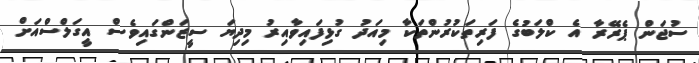
ސުޖަން ޕެރޭރާ އެ ކްލަބުގެ ފަރިތަކުރުންތަކާ މިއަދު ގުޅިފައިވާއިރު މިދިޔަ ސީޒަންގައިވެސް އީގަލްސްއަށް